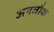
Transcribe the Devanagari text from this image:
अनलौक